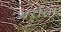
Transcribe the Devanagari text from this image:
थर्राता